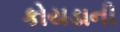
કોયડાની